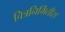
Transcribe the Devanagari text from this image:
चित्रनिर्मितीस